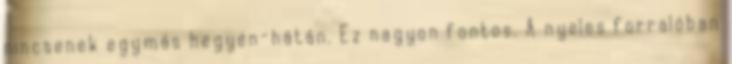
nincsenek egymás hegyén-hátán. Ez nagyon fontos. A nyeles forralóban